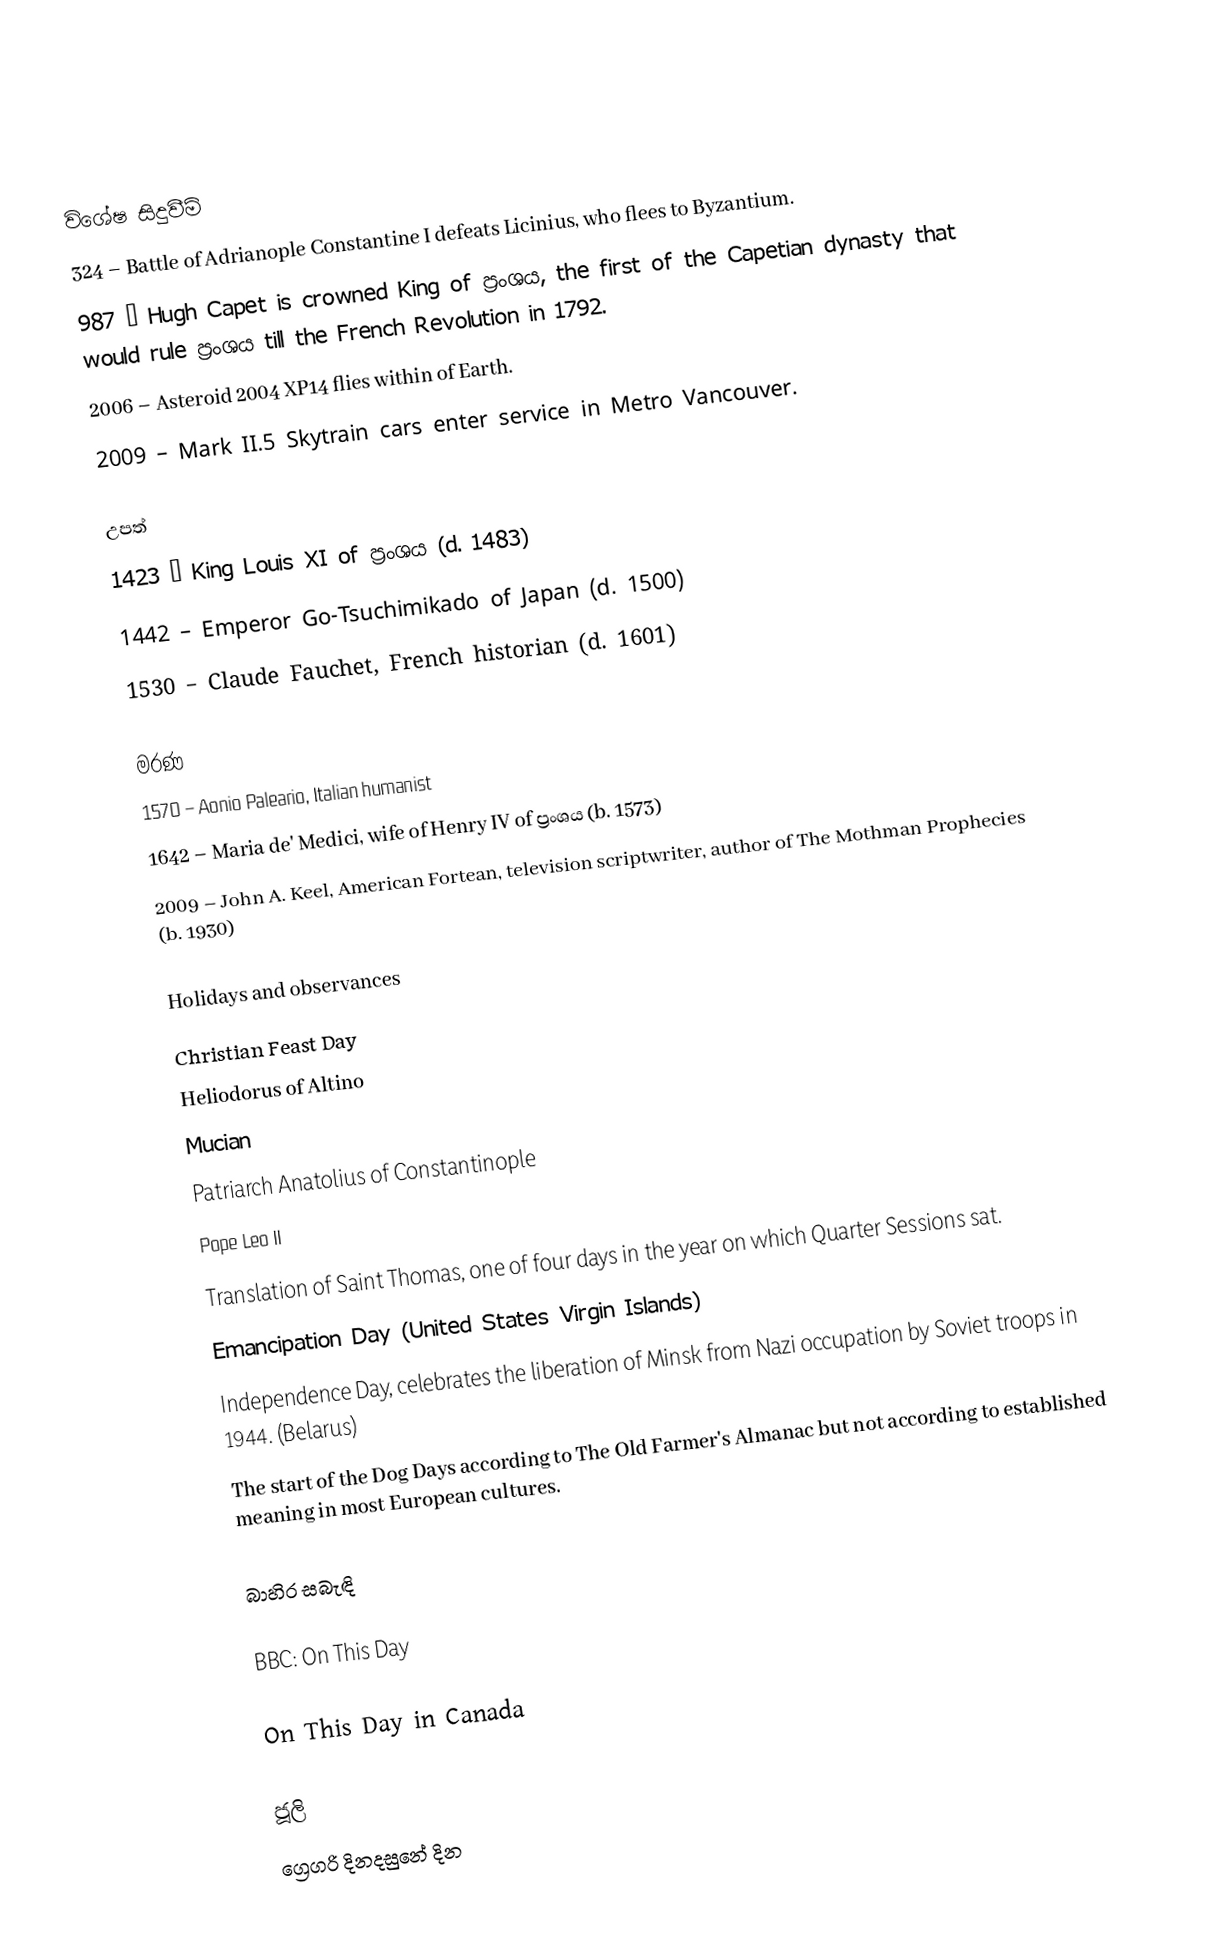

විශේෂ සිදුවීම්
 324 – Battle of Adrianople Constantine I defeats Licinius, who flees to Byzantium.
 987 – Hugh Capet is crowned King of ප්‍රංශය, the first of the Capetian dynasty that would rule ප්‍රංශය till the French Revolution in 1792.
  2006   – Asteroid 2004 XP14 flies within  of Earth.
2009 – Mark II.5 Skytrain cars enter service in Metro Vancouver.

උපත්
1423 – King Louis XI of ප්‍රංශය (d. 1483)
1442 – Emperor Go-Tsuchimikado of Japan (d. 1500)
1530 – Claude Fauchet, French historian (d. 1601)

මරණ
1570 – Aonio Paleario, Italian humanist
1642 – Maria de' Medici, wife of Henry IV of ප්‍රංශය (b. 1573)
2009 – John A. Keel, American Fortean, television scriptwriter, author of The Mothman Prophecies (b. 1930)

Holidays and observances
Christian Feast Day
Heliodorus of Altino
Mucian
Patriarch Anatolius of Constantinople
Pope Leo II
Translation of Saint Thomas, one of four days in the year on which Quarter Sessions sat.
Emancipation Day (United States Virgin Islands)
Independence Day, celebrates the liberation of Minsk from Nazi occupation by Soviet troops in 1944. (Belarus)
 The start of the Dog Days according to The Old Farmer's Almanac but not according to established meaning in most European cultures.

බාහිර සබැඳි

 BBC: On This Day

 On This Day in Canada

ජූලි
ග්‍රෙගරි දිනදසුනේ දින